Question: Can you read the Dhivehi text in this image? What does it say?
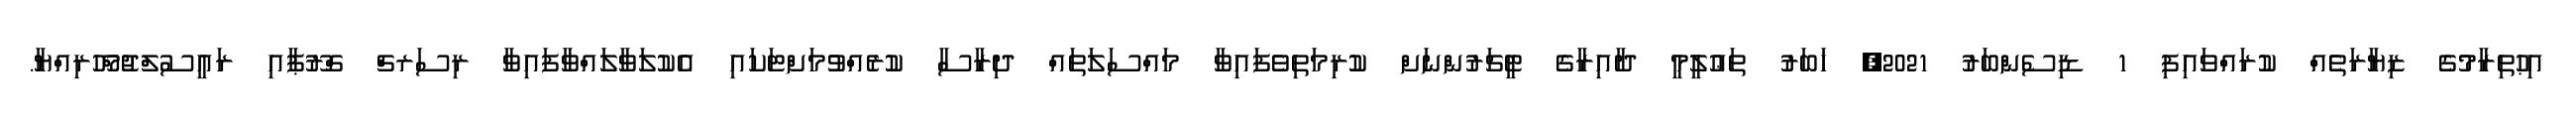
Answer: އިޙުތިރާމުގެ ޒިޔާރަތެއް ކުރައްވައިފި 1 ޑިސެންބަރު 2021, ޚަބަރު ތަޢުލީމީ ދާއިރާގެ ޓީޗަރުންނަށް ކުރިމަތިވެފައިވާ މައްސަލަތައް ދިރާސާ ކުރެއްވުމަށްޓަކައި އެކުލަވާލައްވާފައިވާ ރިސަރޗް ގްރޫޕާއި ރައީސުލްޖުމްހޫރިއްޔާ.